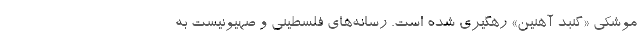
موشکی «گنبد آهنین» رهگیری شده است. رسانه‌های فلسطینی و صهیونیست به